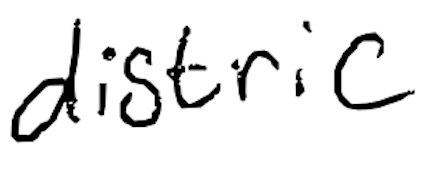
Text: distric
Cross-out: clean
Writing tool: digital_black